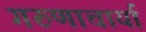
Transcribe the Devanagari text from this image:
गरुणाचार्या